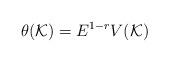
LaTeX: \begin{align*}\theta (\mathcal{K}) = E^{1-r}V(\mathcal{K})\end{align*}